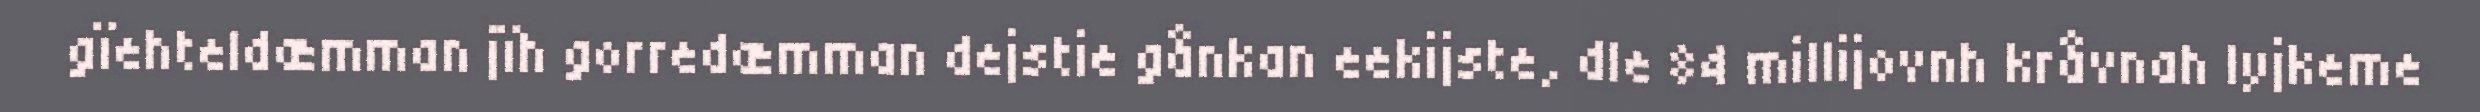
gïehteldæmman jïh gorredæmman dejstie gånkan eekijste, dle 84 millijovnh kråvnah lyjkeme